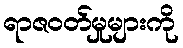
ရာဇဝတ်မှုများကို